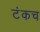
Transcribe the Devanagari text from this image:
टंकच